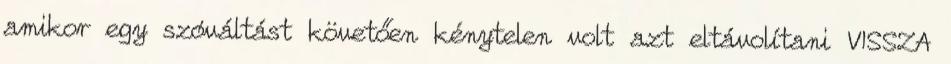
amikor egy szóváltást követően kénytelen volt azt eltávolítani VISSZA